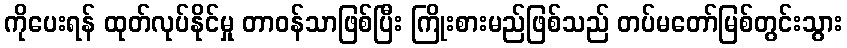
ကိုပေးရန် ထုတ်လုပ်နိုင်မှု တာဝန်သာဖြစ်ပြီး ကြိုးစားမည်ဖြစ်သည် တပ်မတော်မြစ်တွင်းသွား